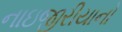
નાઇજીરીયાનો